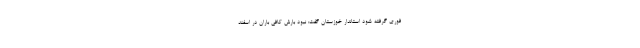
فوری گرفته شود استاندار خوزستان گفت: نبود بارش کافی باران در اسفند